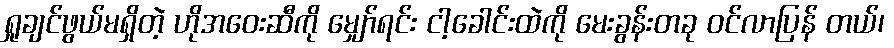
ရှုချင်ဖွယ်မရှိတဲ့ ဟိုအဝေးဆီကို မျှော်ရင်း ငါ့ခေါင်းထဲကို မေးခွန်းတခု ဝင်လာပြန် တယ်၊